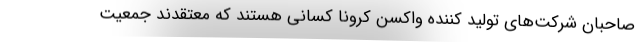
صاحبان شرکت‌های تولید کننده واکسن کرونا کسانی هستند که معتقدند جمعیت